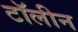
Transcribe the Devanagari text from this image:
टॉलीन